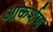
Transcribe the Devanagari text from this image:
आकर्शण